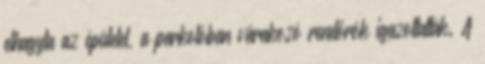
elhagyta az épületet, a parkolóban várakozó rendőrök igazoltatták. A